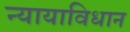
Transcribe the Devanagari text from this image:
न्यायाविधान